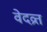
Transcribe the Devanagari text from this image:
वेदव्रत